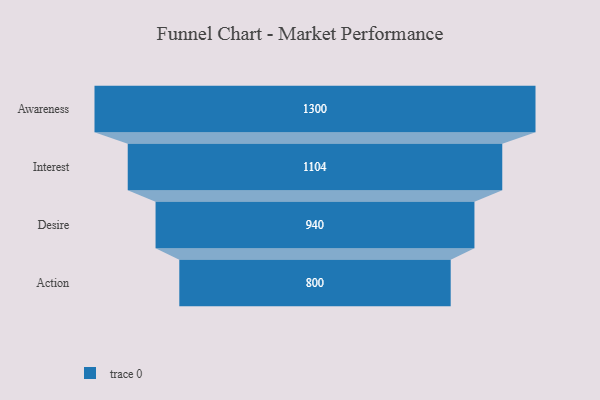
{"axis": {"x": "Stage", "y": "Value"}, "legend": [""], "data": [{"x": "Awareness", "y": 1300.0, "type": ""}, {"x": "Interest", "y": 1104.0, "type": ""}, {"x": "Desire", "y": 940.0, "type": ""}, {"x": "Action", "y": 800.0, "type": ""}]}